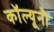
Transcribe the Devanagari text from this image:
कॉल्यूनौ